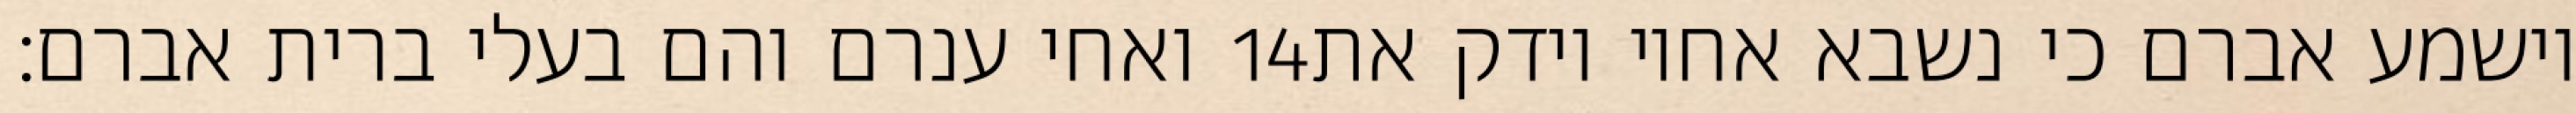
ואחי ענרם והם בעלי ברית אברם׃ ‎14‏ וישמע אברם כי נשבא אחיו וידק את